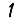
Digit: 1